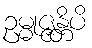
ဥမ္မုဇ္ဇန္တိပိ